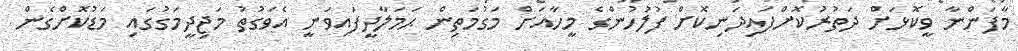
މާފަންނާ ވީކޮޅަށް ދަތުރުކޮށްފައިދަނިކޮށް ފުލުހުންގެ މީހާއަށް މަގުމަތިން ޙަމަލާދީފައިވަނީ އެވަގުތު މަޖިދީމަގުގައި މަޑުކޮށްގެން